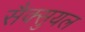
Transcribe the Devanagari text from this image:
सैक्सुयल